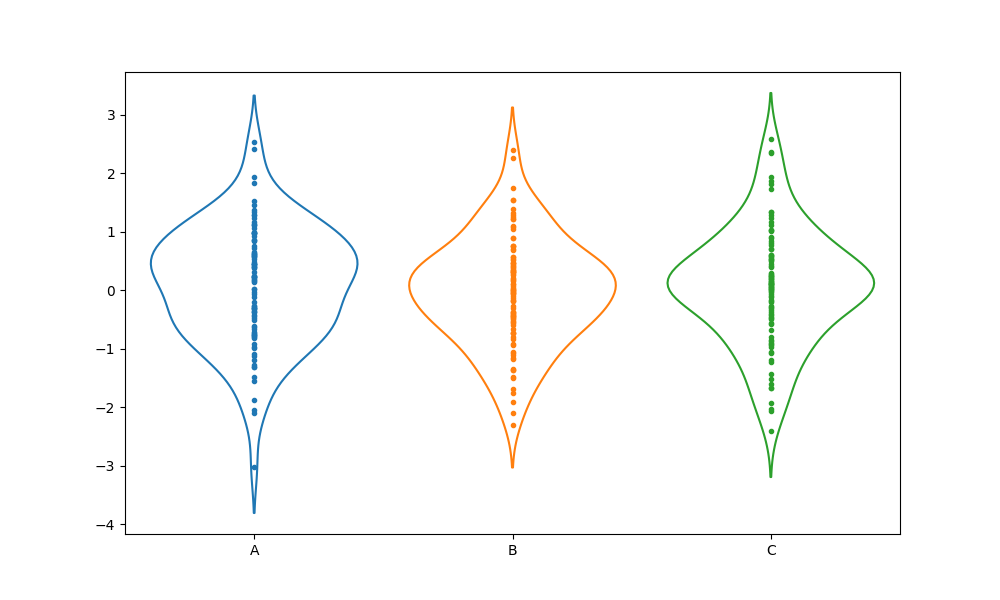
python, seaborn, violinplot, scale='width', split='False', inner='point', fill='False'